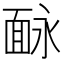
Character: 𩈗